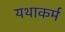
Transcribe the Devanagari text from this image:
यथाकर्म